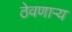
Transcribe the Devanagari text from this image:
ठेवणाऱ्य